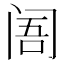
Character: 𲈽